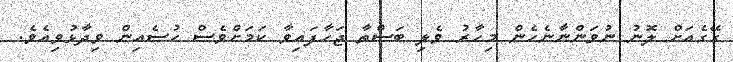
ގޭގެއަށް ލޮނު ނުވަންނާނެހެން މިހާރު ވެލި ބަސްތާ ޖަހާފައިވާ ކަމަށްވެސް ހުސެއިން ވިދާޅުވިއެވެ.